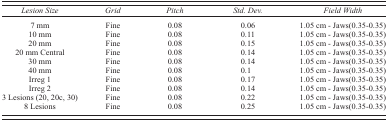
| Lesion Size | Grid | Pitch | Std. Dev. | Field Width |
 | --- | --- | --- | --- | --- |
 | 7 mm | Fine | 0.08 | 0.06 | 1.05 cm ‐ Jaws(0.35‐0.35) |
 | 10 mm | Fine | 0.08 | 0.11 | 1.05 cm ‐ Jaws(0.35‐0.35) |
 | 20 mm | Fine | 0.08 | 0.15 | 1.05 cm ‐ Jaws(0.35‐0.35) |
 | 20 mm Central | Fine | 0.08 | 0.14 | 1.05 cm ‐ Jaws(0.35‐0.35) |
 | 30 mm | Fine | 0.08 | 0.14 | 1.05 cm ‐ Jaws(0.35‐0.35) |
 | 40 mm | Fine | 0.08 | 0.1 | 1.05 cm ‐ Jaws(0.35‐0.35) |
 | Irreg 1 | Fine | 0.08 | 0.17 | 1.05 cm ‐ Jaws(0.35‐0.35) |
 | Irreg 2 | Fine | 0.08 | 0.14 | 1.05 cm ‐ Jaws(0.35‐0.35) |
 | 3 Lesions (20, 20c, 30) | Fine | 0.08 | 0.22 | 1.05 cm ‐ Jaws(0.35‐0.35) |
 | 8 Lesions | Fine | 0.08 | 0.25 | 1.05 cm ‐ Jaws(0.35‐0.35) |